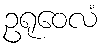
ဥရုဝေလံ